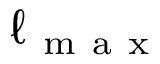
\ell _ { \mathrm { ~ m ~ a ~ x ~ } }